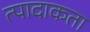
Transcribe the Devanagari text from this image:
त्पादाकता